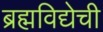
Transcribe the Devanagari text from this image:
ब्रह्मविद्येची